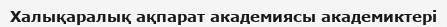
Халықаралық ақпарат академиясы академиктері